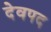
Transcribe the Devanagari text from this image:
देवपद